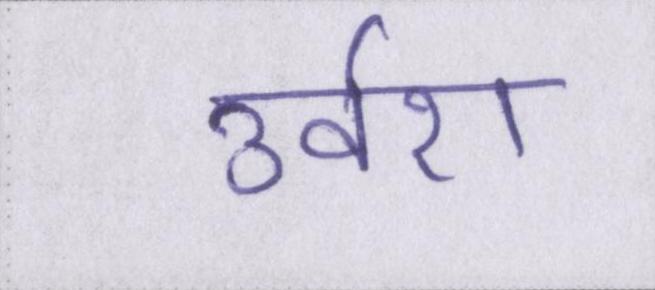
उर्वरा